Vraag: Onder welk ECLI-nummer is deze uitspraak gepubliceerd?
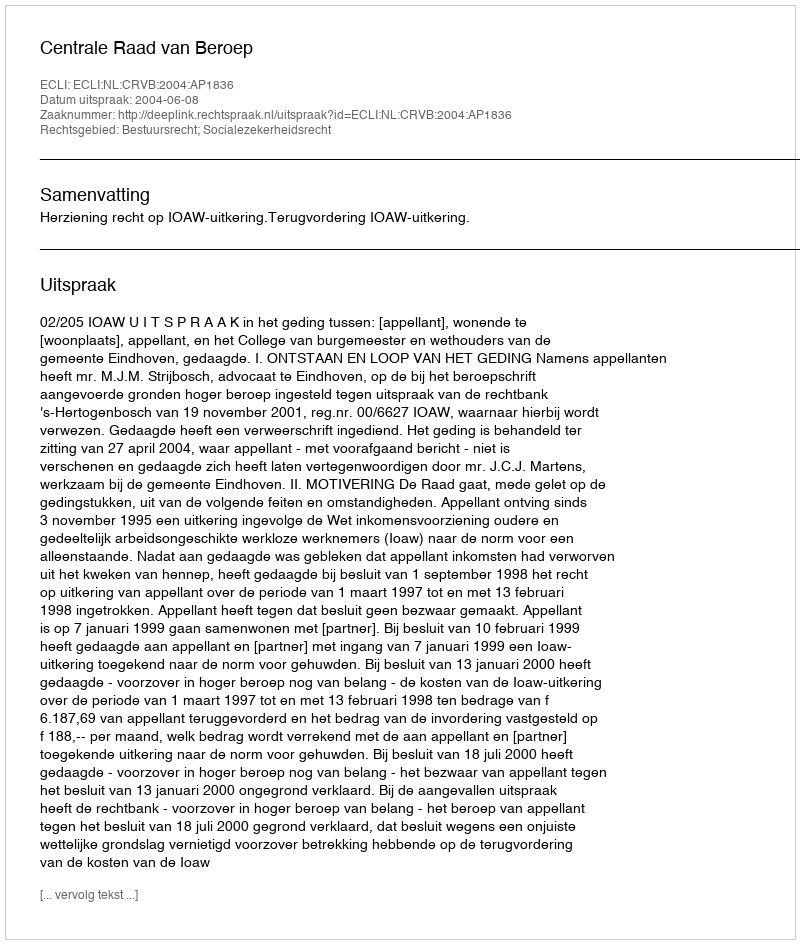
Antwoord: ECLI:NL:CRVB:2004:AP1836